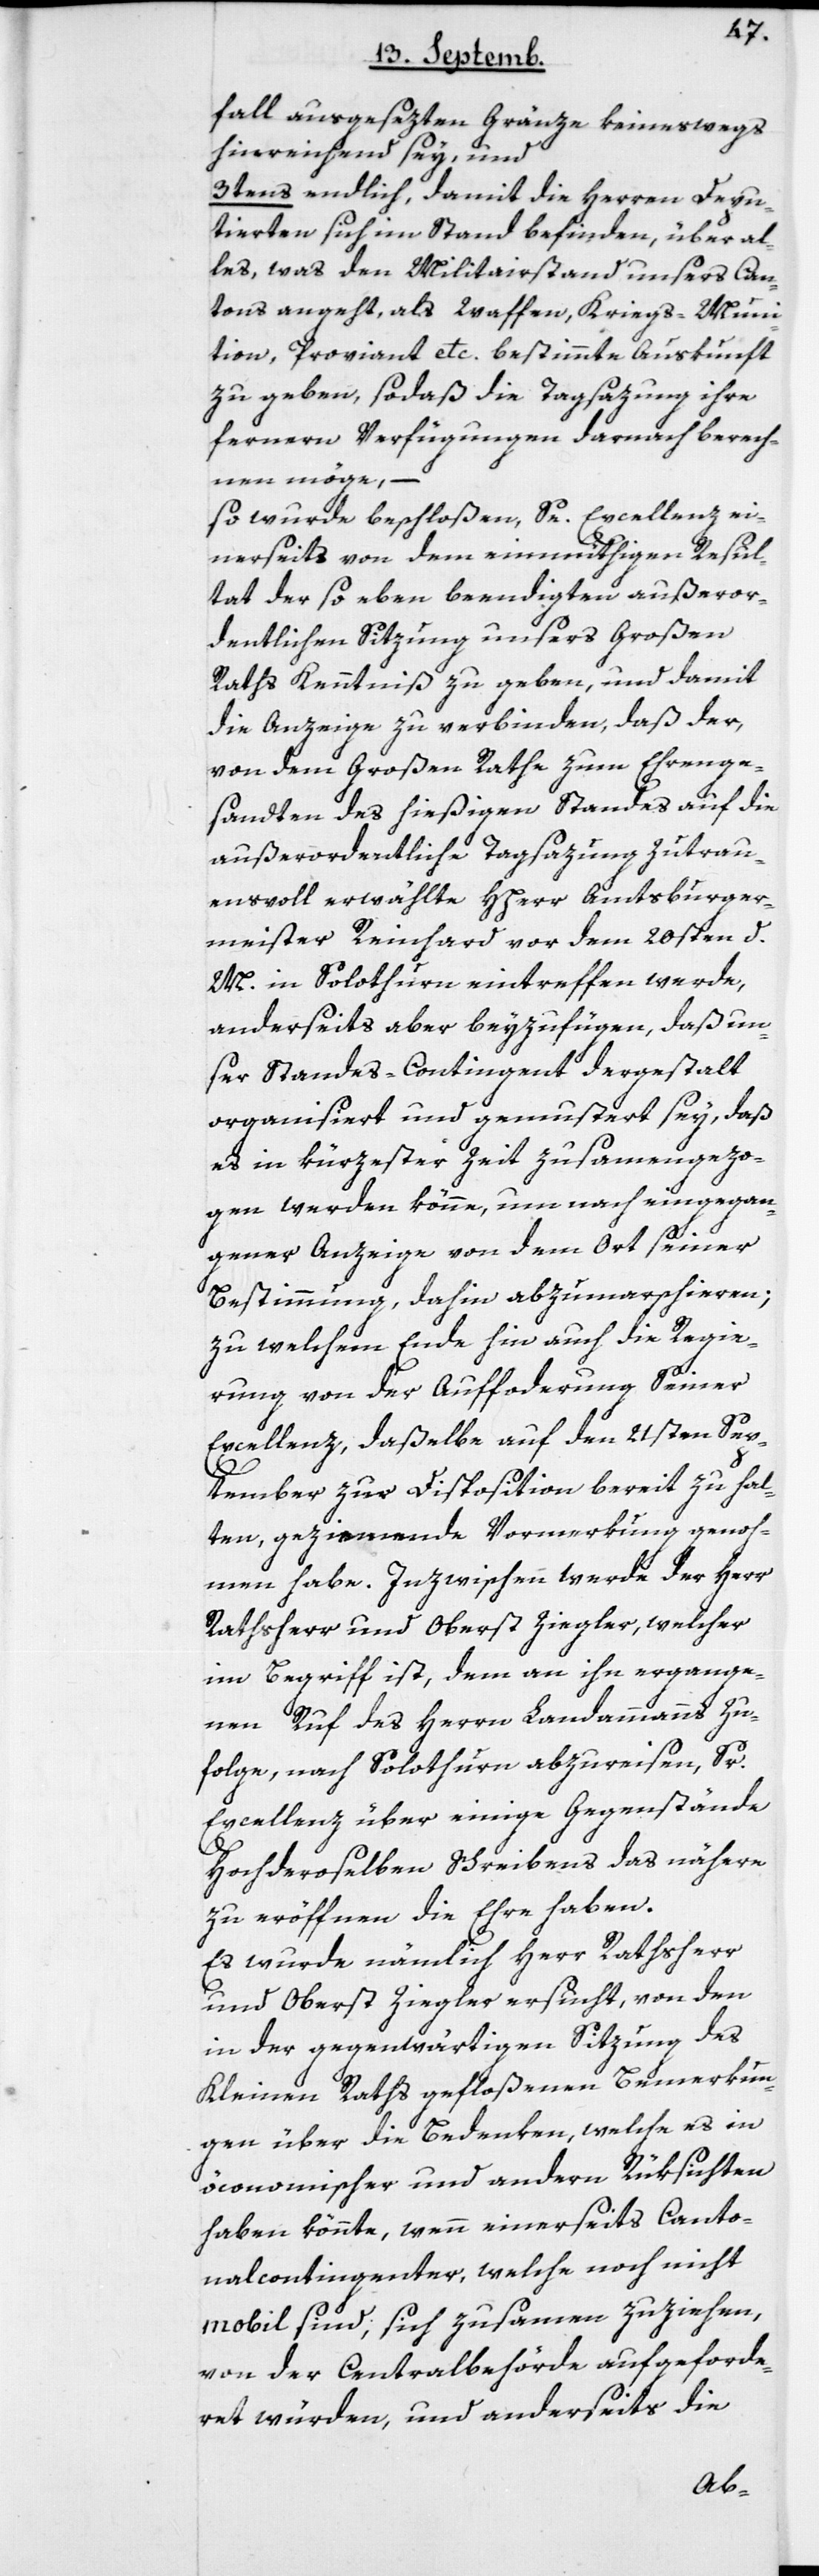
fall ausgesezten Gränze keineswegs
hinreichend sey, und
3tens endlich, damit die Herren Depu¬
tierten sich im Stand befinden, über al¬
les, was den Militairstand unsers Can¬
tons angeht, als Waffen, Kriegs-Muni¬
tion, Proviant etc. bestimmte Auskunft
zu geben, sodaß die Tagsatzung ihre
fernern Verfügungen darnach berech¬
nen möge, –
so wurde beschloßen, Se. Excellenz ei¬
nerseits von dem einmüthigen Resul¬
tat der so eben beendigten außeror¬
dentlichen Sitzung unsers Großen
Raths Kenntniß zu geben, und damit
die Anzeige zu verbinden, daß der,
von dem Großen Rathe zum Ehrenge¬
sandten des hießigen Standes auf die
außerordentliche Tagsazung zutrau¬
ensvoll erwählte HHerr Amtsburger¬
meister Reinhard vor dem 20sten d.
M. in Solothurn eintreffen werde,
anderseits aber beyzufügen, daß un¬
ser Standes-Contingent dergestalt
organisiert und gemustert sey, daß
es in kürzester Zeit zusammengezo¬
gen werden könne, um nach eingegan¬
gener Anzeige von dem Ort seiner
Bestimmung, dahin abzumarschieren;
zu welchem Ende hin auch die Regie¬
rung von der Aufforderung Sr
Excellenz, daßelbe auf den 21sten Sep¬
tember zur Disposition bereit zu hal¬
ten, geziemende Vormerkung genoh¬
men habe. Inzwischen werde der Herr
Rathsherr und Oberst Ziegler, welcher
im Begriff ist, dem an ihn ergange¬
nen Ruf des Herrn Landammanns zu¬
folge, nach Solothurn abzureisen, Sr.
Excellenz über einige Gegenstände
Hochderoselben Schreibens das nähere
zu eröffnen die Ehre haben.
Es wurde nämlich Herr Rathsherr
und Oberst Ziegler ersucht, von den
in der gegenwärtigen Sitzung des
Kleinen Raths gefloßenen Bemerkun¬
gen über die Bedenken, welche es in
öconomischer und andern Rüksichten
haben könnte, wenn einerseits Canto¬
nalcontingenter, welche noch nicht
mobil sind, sich zusamen zuziehen,
von der Centralbehörde aufgeforde¬
ret würden, und anderseits die